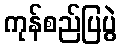
ကုန်စည်ပြပွဲ